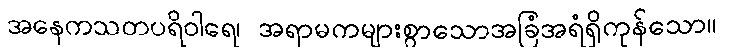
အနေကသတပရိဝါရေ၊ အရာမကများစွာသောအခြံအရံရှိကုန်သော။